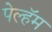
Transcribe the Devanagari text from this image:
पेल्हॅम